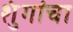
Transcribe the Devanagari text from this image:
शुंगांचा